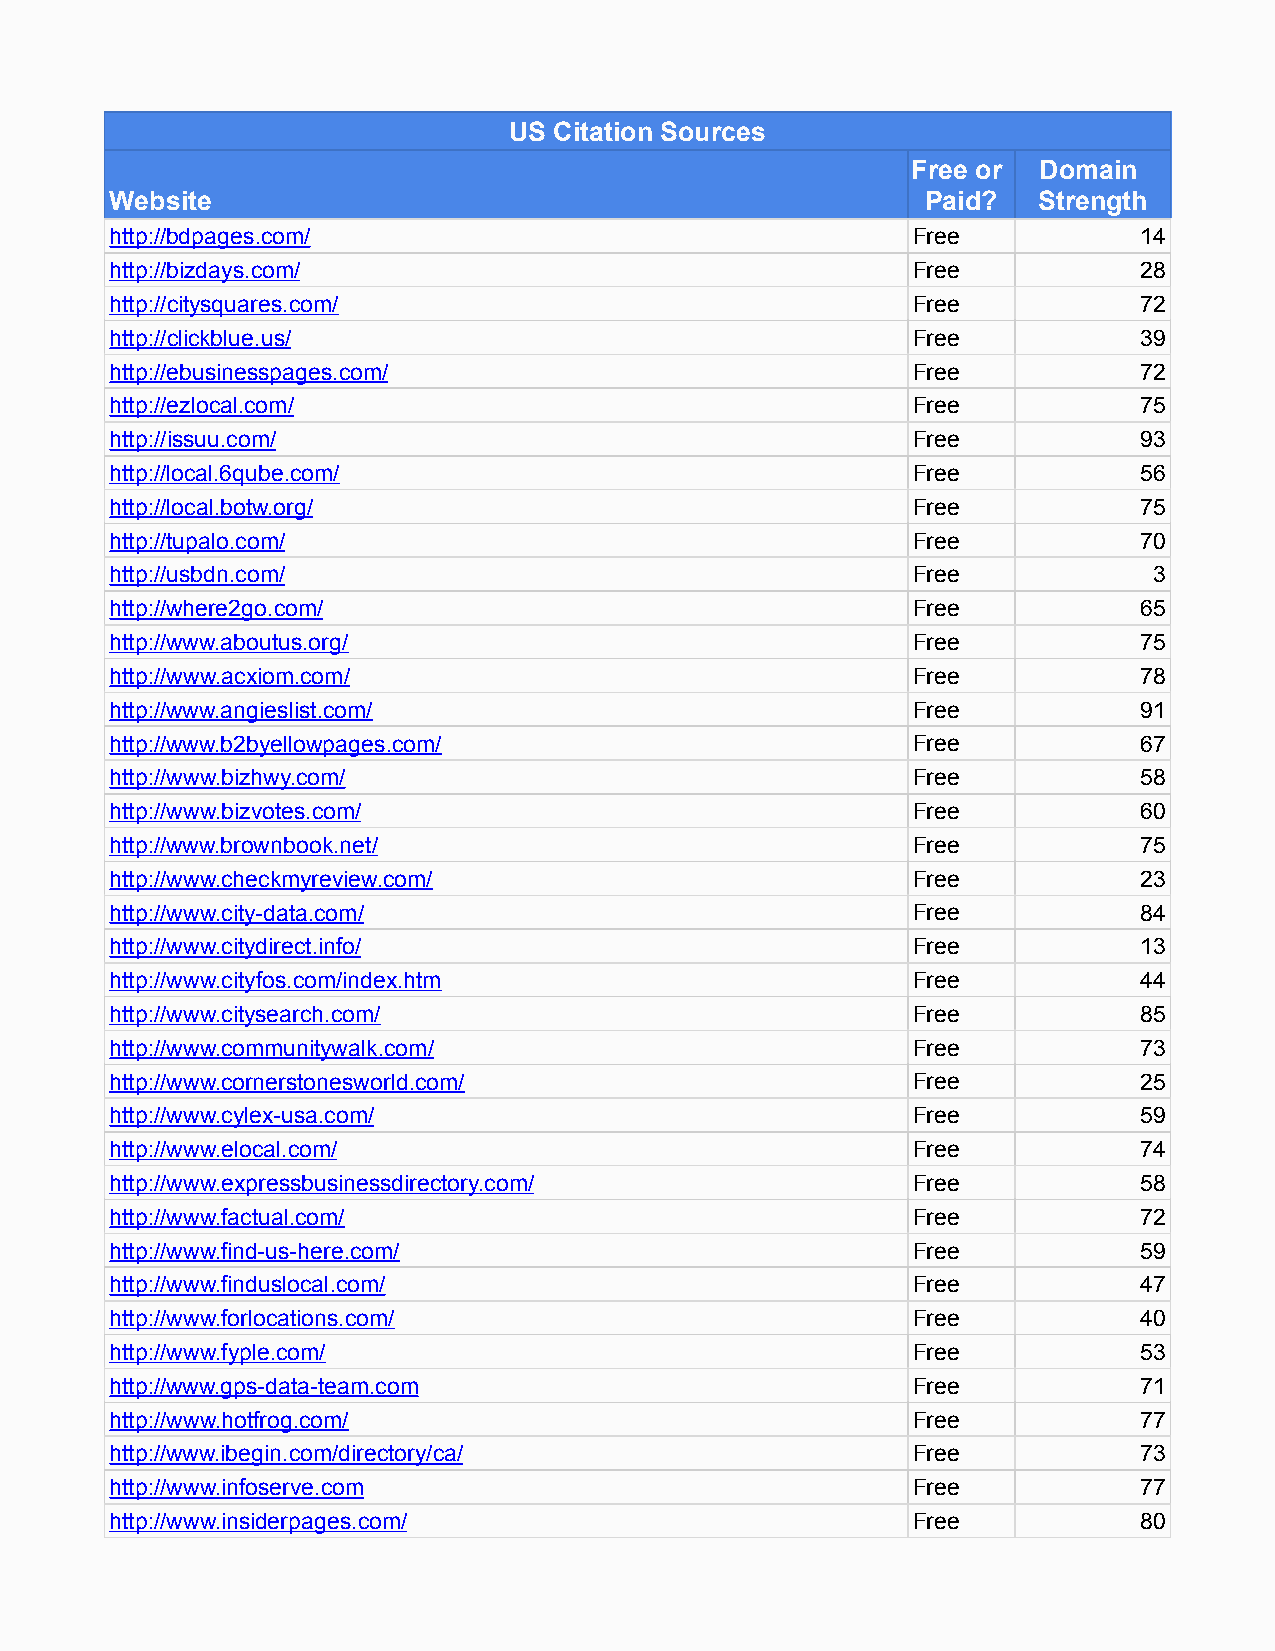
US Citation Sources
 Free or  Domain
 Website                                               Paid?   Strength
 http://bdpages.com/                                  Free           14
 http://bizdays.com/                                  Free           28
 http://citysquares.com/                              Free           72
 http://clickblue.us/                                 Free           39
 http://ebusinesspages.com/                           Free           72
 http://ezlocal.com/                                  Free           75
 http://issuu.com/                                    Free           93
 http://local.6qube.com/                              Free           56
 http://local.botw.org/                               Free           75
 http://tupalo.com/                                   Free           70
 http://usbdn.com/                                    Free            3
 http://where2go.com/                                 Free           65
 http://www.aboutus.org/                              Free           75
 http://www.acxiom.com/                               Free           78
 http://www.angieslist.com/                           Free           91
 http://www.b2byellowpages.com/                       Free           67
 http://www.bizhwy.com/                               Free           58
 http://www.bizvotes.com/                             Free           60
 http://www.brownbook.net/                            Free           75
 http://www.checkmyreview.com/                        Free           23
 http://www.city-data.com/                            Free           84
 http://www.citydirect.info/                          Free           13
 http://www.cityfos.com/index.htm                     Free           44
 http://www.citysearch.com/                           Free           85
 http://www.communitywalk.com/                        Free           73
 http://www.cornerstonesworld.com/                    Free           25
 http://www.cylex-usa.com/                            Free           59
 http://www.elocal.com/                               Free           74
 http://www.expressbusinessdirectory.com/             Free           58
 http://www.factual.com/                              Free           72
 http://www.find-us-here.com/                         Free           59
 http://www.finduslocal.com/                          Free           47
 http://www.forlocations.com/                         Free           40
 http://www.fyple.com/                                Free           53
 http://www.gps-data-team.com                         Free           71
 http://www.hotfrog.com/                              Free           77
 http://www.ibegin.com/directory/ca/                  Free           73
 http://www.infoserve.com                             Free           77
 http://www.insiderpages.com/                         Free           80